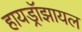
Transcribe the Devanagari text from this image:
हायड्रॉझायल